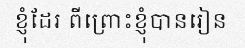
ខ្ញុំដែរ ពីព្រោះខ្ញុំបានរៀន